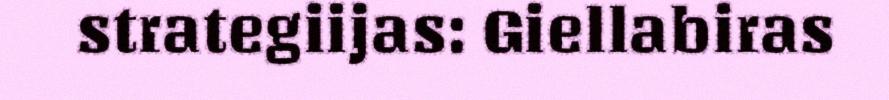
strategiijas: Giellabiras